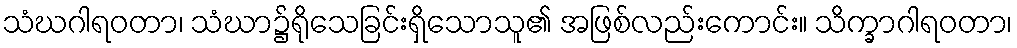
သံဃဂါရဝတာ၊ သံဃာ၌ရိုသေခြင်းရှိသောသူ၏ အဖြစ်လည်းကောင်း။ သိက္ခာဂါရဝတာ၊